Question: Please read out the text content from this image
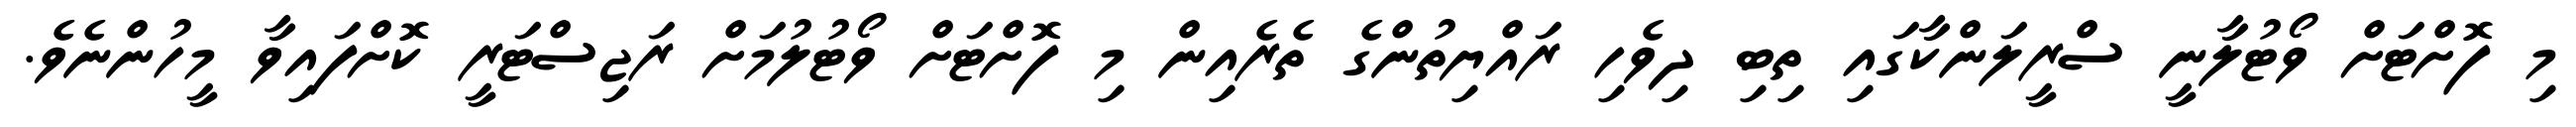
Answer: މި ފޮށްޓަށް ވޯޓުލާނީ ސްރީލަންކާގައި ތިބި ދިވެހި ރައްޔިތުންގެ ތެރެއިން މި ފޮށްޓަށް ވޯޓުލުމަށް ރަޖިސްޓަރީ ކޮށްފައިވާ މީހުންނެވެ.